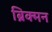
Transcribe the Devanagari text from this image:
ब्रिक्मन